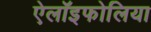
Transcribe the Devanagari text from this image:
ऐलॉइफोलिया